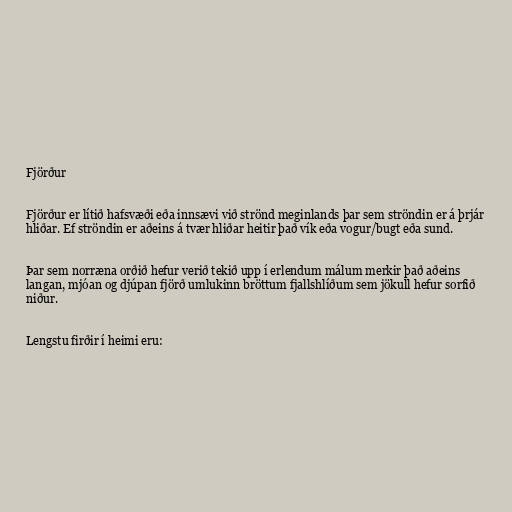
Fjörður

Fjörður er lítið hafsvæði eða innsævi við strönd meginlands þar sem ströndin er á þrjár
hliðar. Ef ströndin er aðeins á tvær hliðar heitir það vík eða vogur/bugt eða sund.

Þar sem norræna orðið hefur verið tekið upp í erlendum málum merkir það aðeins
langan, mjóan og djúpan fjörð umlukinn bröttum fjallshlíðum sem jökull hefur sorfið
niður.

Lengstu firðir í heimi eru: